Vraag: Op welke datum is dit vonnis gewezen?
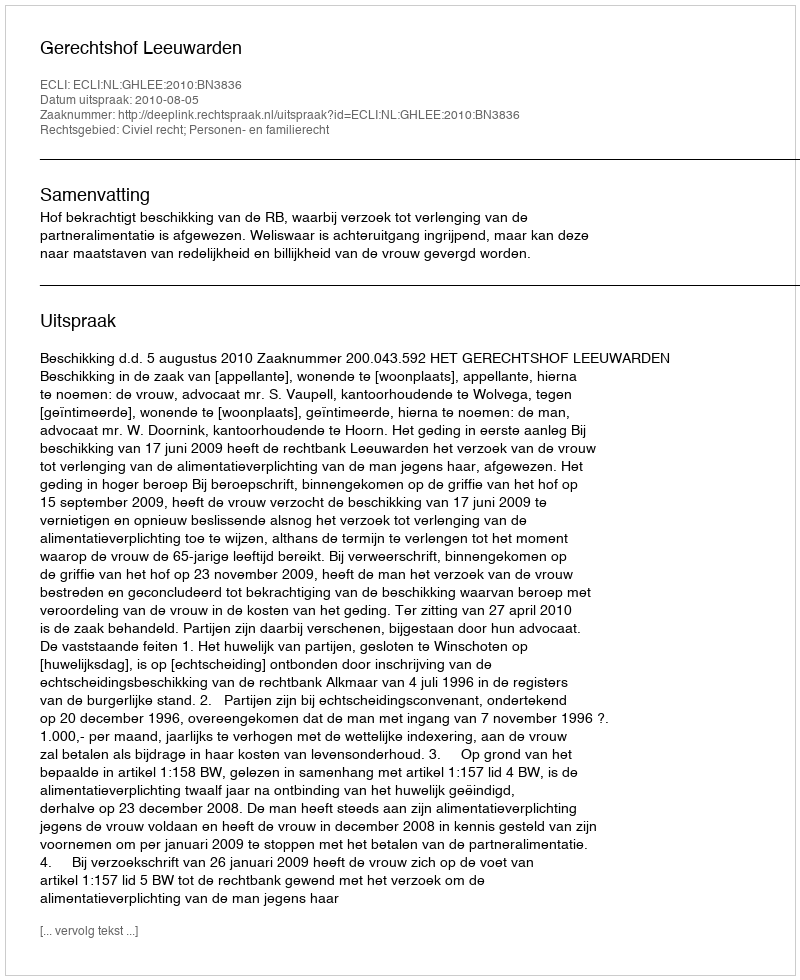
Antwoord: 2010-08-05